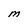
Character: M